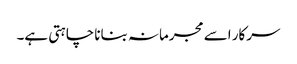
سرکار اسے مجرمانہ بنانا چاہتی ہے۔